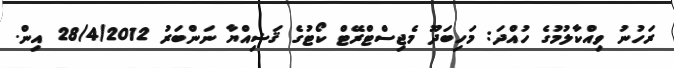
ރަހުނު ވިއްކާލުމުގެ ހުއްދަ: މަހިބަދޫ މެޖިސްޓްރޭޓް ކޯޓުގެ ޤަޟިއްޔާ ނަންބަރު 28/4/2012 އިން.